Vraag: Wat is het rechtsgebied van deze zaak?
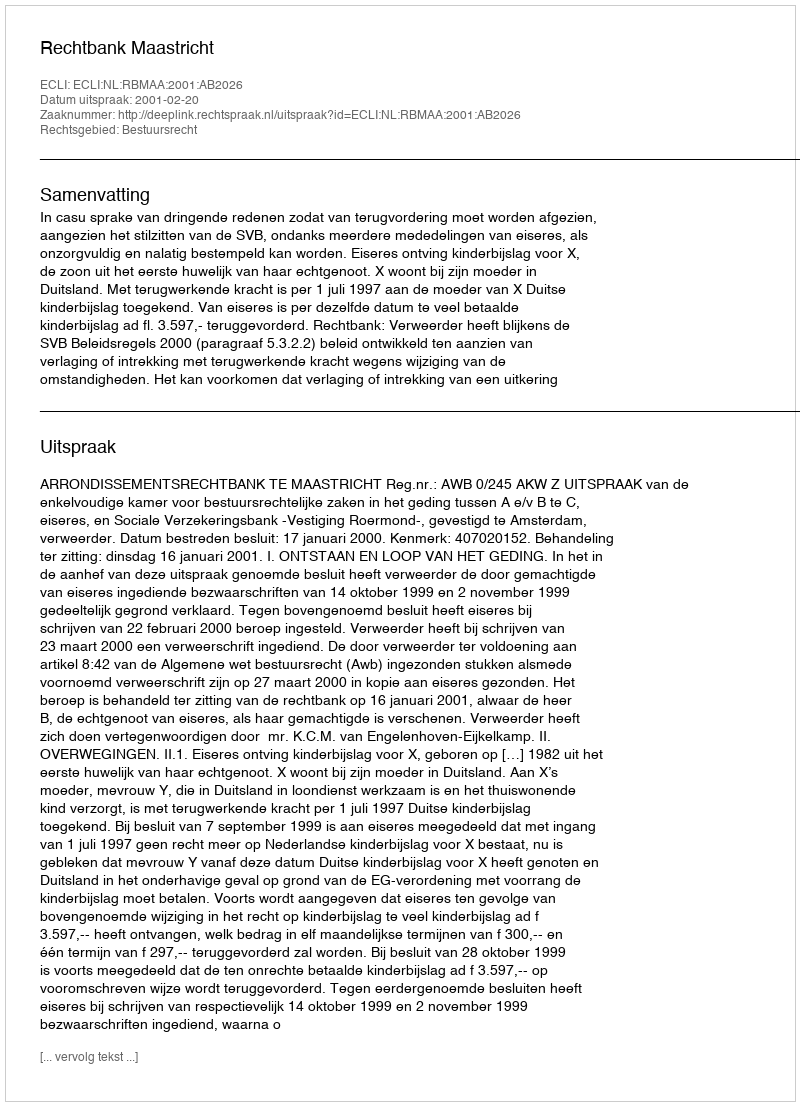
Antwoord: Bestuursrecht